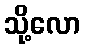
သို့လော